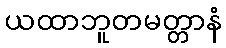
ယထာဘူတမတ္တာနံ